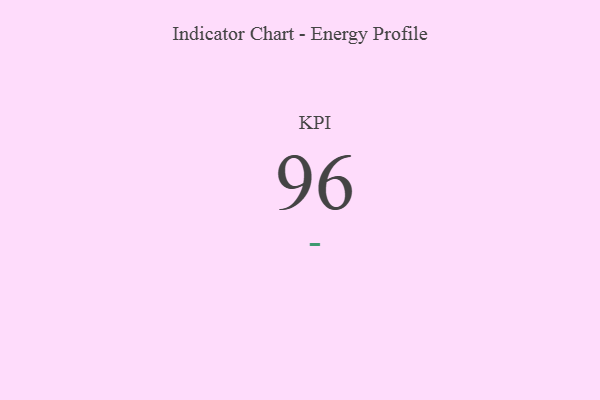
{"axis": {"x": "KPI", "y": "Value"}, "legend": [""], "data": [{"x": "KPI", "y": 96, "type": ""}]}